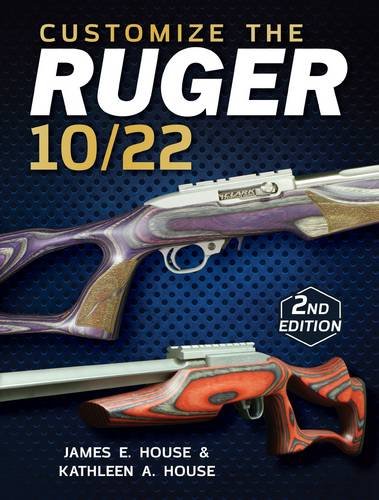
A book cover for Customize the Ruger 10/22; James E. House; Reference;